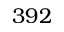
3 9 2